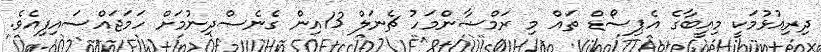
ދިރިއުޅުމަކީ މިއީބާގެ އެޕިސޯޑް ތައް މި ރަމްޟާންމަހު ޗެނަލް 13އިން ގެނެސްދިނުމަށް ހަމަޖައްސައިފިއެވެ.